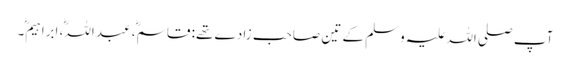
آپ صلی اللہ علیہ وَسلم کے تین صاحب زادے تھے: قاسم، عبد اللہ، اِبراہیم۔